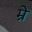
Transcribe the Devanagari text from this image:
म्रें